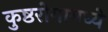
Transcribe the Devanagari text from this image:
कुष्ठरोगामध्ये